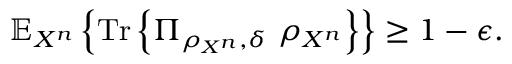
\mathbb { E } _ { X ^ { n } } \left\{ { \mathrm { T r } } \left\{ \Pi _ { \rho _ { X ^ { n } } , \delta } \ \rho _ { X ^ { n } } \right\} \right\} \geq 1 - \epsilon .